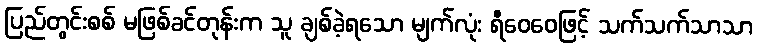
ပြည်တွင်းစစ် မဖြစ်ခင်တုန်းက သူ ချစ်ခဲ့ရသော မျက်လုံး ရီဝေဝေဖြင့် သက်သက်သာသာ